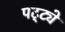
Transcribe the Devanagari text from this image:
पट्ट्ये